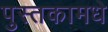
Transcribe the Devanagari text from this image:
पुस्तकामधे